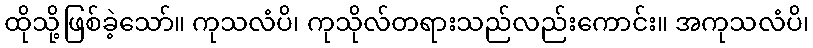
ထိုသို့ဖြစ်ခဲ့သော်။ ကုသလံပိ၊ ကုသိုလ်တရားသည်လည်းကောင်း။ အကုသလံပိ၊